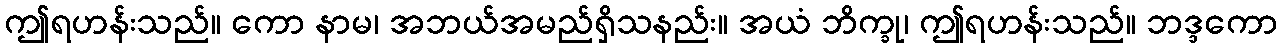
ဤရဟန်းသည်။ ကော နာမ၊ အဘယ်အမည်ရှိသနည်း။ အယံ ဘိက္ခု၊ ဤရဟန်းသည်။ ဘဒ္ဒကော